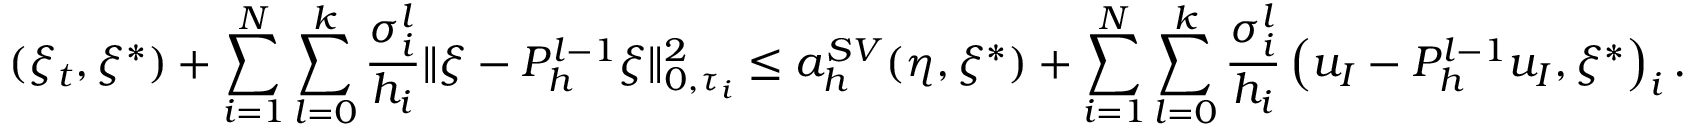
( \xi _ { t } , \xi ^ { * } ) + \sum _ { i = 1 } ^ { N } \sum _ { l = 0 } ^ { k } \frac { \sigma _ { i } ^ { l } } { h _ { i } } \Vert \xi - P _ { h } ^ { l - 1 } \xi \Vert _ { 0 , \tau _ { i } } ^ { 2 } \le a _ { h } ^ { S V } ( \eta , \xi ^ { * } ) + \sum _ { i = 1 } ^ { N } \sum _ { l = 0 } ^ { k } \frac { \sigma _ { i } ^ { l } } { h _ { i } } \left( u _ { I } - P _ { h } ^ { l - 1 } u _ { I } , \xi ^ { * } \right) _ { i } .